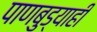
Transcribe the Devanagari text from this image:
पाणबुड्याही